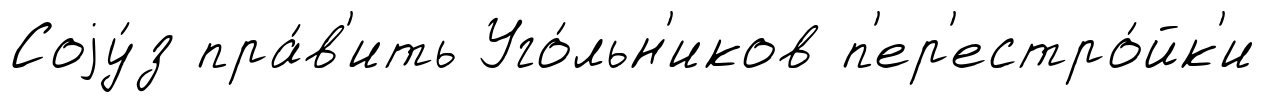
Соjу́з пра́в'ить Уго́льн'иков п'ер'естро́йк'и